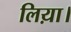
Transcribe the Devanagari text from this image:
लिय़ा।